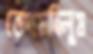
ভেংচেছিলুম